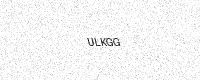
Text: ULKGG